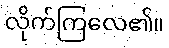
လိုက်ကြလေ၏။